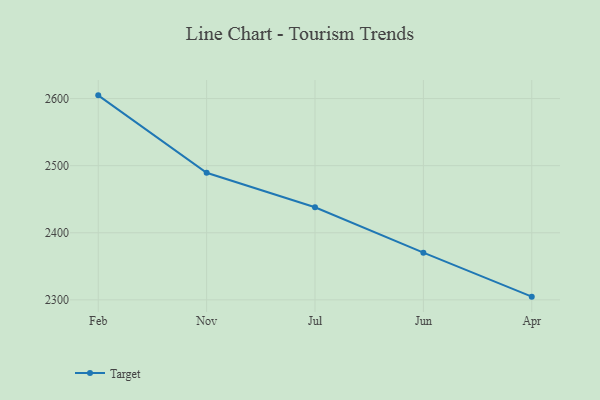
{"axis": {"x": "Month", "y": "Operating Costs (USD K)"}, "legend": ["Target"], "data": [{"x": "Feb", "y": 2604.8, "type": "Target"}, {"x": "Nov", "y": 2489.4, "type": "Target"}, {"x": "Jul", "y": 2438.1, "type": "Target"}, {"x": "Jun", "y": 2370.4, "type": "Target"}, {"x": "Apr", "y": 2304.8, "type": "Target"}]}